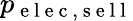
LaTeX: p_{\mathrm{~e~l~e~c~},\mathrm{~s~e~l~l~}}